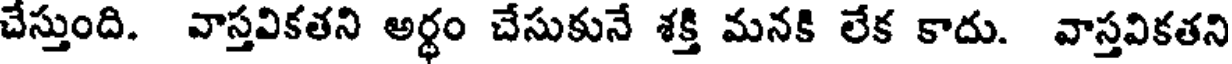
చేస్తుంది. వాస్తవికతని అర్థం చేసుకునే శక్తి మనకి లేక కాదు. వాస్తవికతని